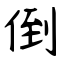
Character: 倒